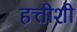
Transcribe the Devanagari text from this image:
हत्तीशी